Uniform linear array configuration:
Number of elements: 32
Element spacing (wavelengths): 1
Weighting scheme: kaiser
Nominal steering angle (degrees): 60
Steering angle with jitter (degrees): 60.699
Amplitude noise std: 0.05
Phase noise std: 0.05

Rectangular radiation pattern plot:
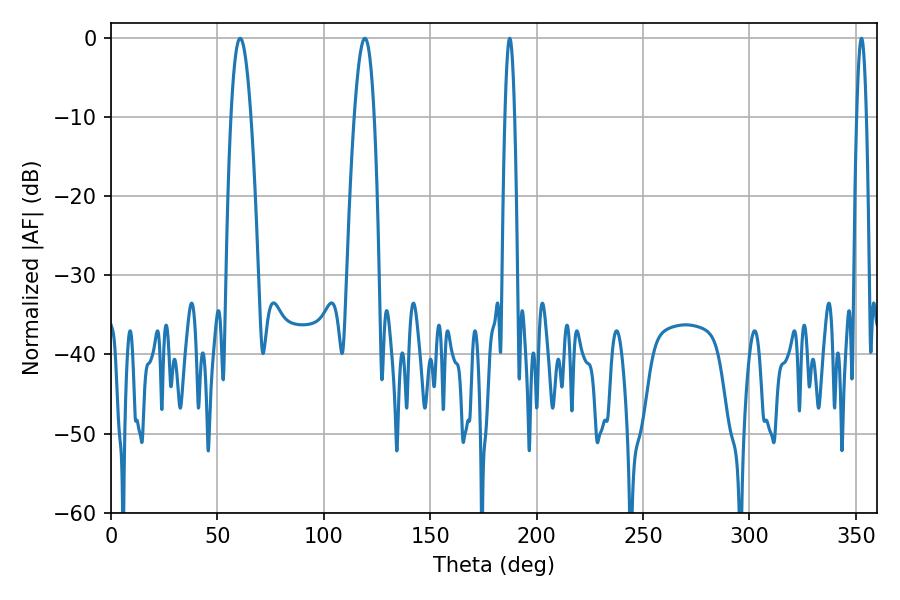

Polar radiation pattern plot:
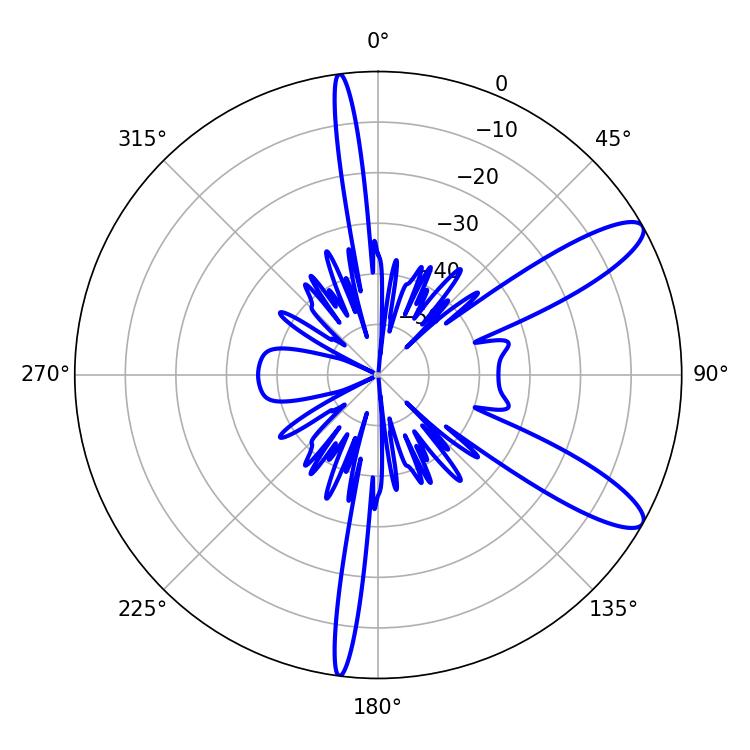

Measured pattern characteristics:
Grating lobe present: TRUE
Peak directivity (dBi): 11.026
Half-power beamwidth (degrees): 5.04
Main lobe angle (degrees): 60.66